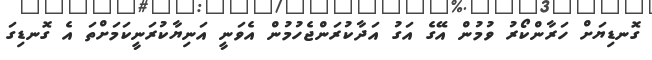
ގޮނޑިޔަށް ހަރާންކޯރު ވުމުން އޭގެ އަގު އަދާކުރަންޖެހުމުން އެވަނީ އަނިޔާކުރަނީކަމަށްތަ އެ ގޮނޑިގަ